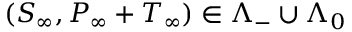
( S _ { \infty } , P _ { \infty } + T _ { \infty } ) \in \Lambda _ { - } \cup \Lambda _ { 0 }